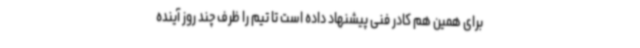
برای همین هم کادر فنی پیشنهاد داده است تا تیم را ظرف چند روز آینده